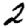
Digit: 2